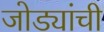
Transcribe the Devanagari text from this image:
जोड्यांची